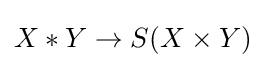
X*Y\rightarrow S(X\times Y)